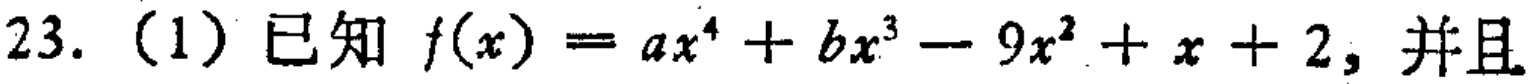
23.（1）已知 \(f(x)=ax^{4}+bx^{3}-9x^{2}+x + 2\)，并且